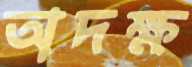
অদক্ষ